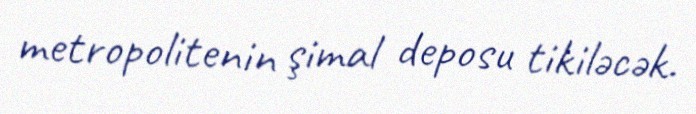
metropolitenin şimal deposu tikiləcək.